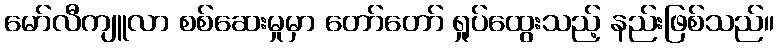
မော်လီကျူလာ စစ်ဆေးမှုမှာ တော်တော် ရှုပ်ထွေးသည့် နည်းဖြစ်သည်။